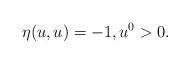
LaTeX: \begin{align*} \eta(u,u)=-1, u^0>0.\end{align*}